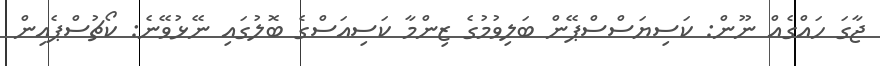
ޖާގަ ހައްގެއް ނޫން: ކަސިޔަސްސްޕޭން ބަލިވުމުގެ ޒިންމާ ކަސިއަސްގެ ބޮލުގައި ނޭޅުވޭނެ: ކޯޗުސްޕެއިން